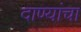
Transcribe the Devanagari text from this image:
दाण्यांचा